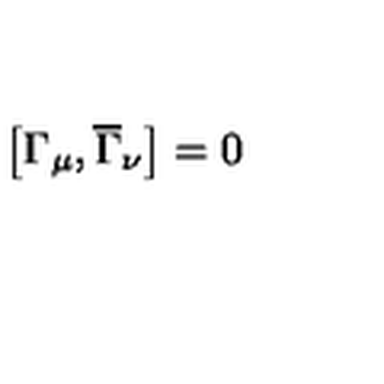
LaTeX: \left[ \Gamma _ { \mu } , \overline { { \Gamma } } _ { \nu } \right] = 0